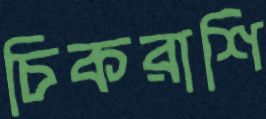
চিকরাশি